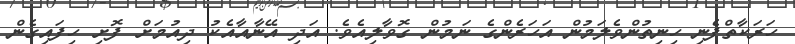
ހަރަކާތްފެނި ހިނިތުންވެލަމުން އަހަރެންގެ ނަމުން ގޮވާލިއެވެ. އަދި އޭނާއާއެކު ދިއުމަށް ފޮށި ހިފައިގެން